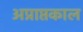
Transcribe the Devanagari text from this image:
अप्राप्तकाल